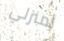
لمنزلي